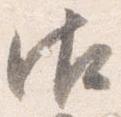
御